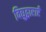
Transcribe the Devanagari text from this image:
विद्युद्वाराएँ